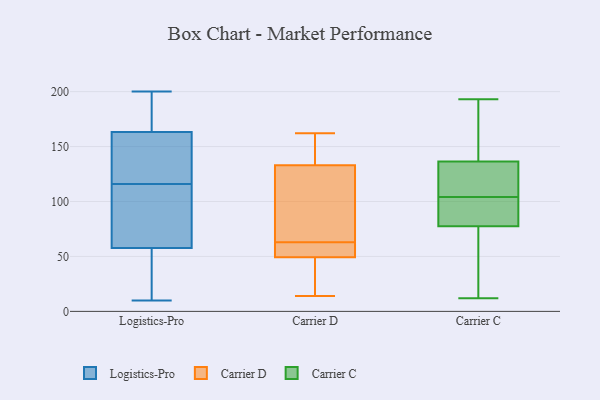
{"axis": {"x": "Bounce Rate (%)", "y": "Value"}, "legend": ["Carrier C", "Carrier D", "Logistics-Pro"], "data": [{"x": "", "y": 200, "type": "Logistics-Pro"}, {"x": "", "y": 175, "type": "Logistics-Pro"}, {"x": "", "y": 158, "type": "Logistics-Pro"}, {"x": "", "y": 142, "type": "Logistics-Pro"}, {"x": "", "y": 116, "type": "Logistics-Pro"}, {"x": "", "y": 57, "type": "Logistics-Pro"}, {"x": "", "y": 156, "type": "Logistics-Pro"}, {"x": "", "y": 50, "type": "Logistics-Pro"}, {"x": "", "y": 48, "type": "Logistics-Pro"}, {"x": "", "y": 196, "type": "Logistics-Pro"}, {"x": "", "y": 165, "type": "Logistics-Pro"}, {"x": "", "y": 109, "type": "Logistics-Pro"}, {"x": "", "y": 102, "type": "Logistics-Pro"}, {"x": "", "y": 10, "type": "Logistics-Pro"}, {"x": "", "y": 60, "type": "Logistics-Pro"}, {"x": "", "y": 63, "type": "Carrier D"}, {"x": "", "y": 127, "type": "Carrier D"}, {"x": "", "y": 27, "type": "Carrier D"}, {"x": "", "y": 50, "type": "Carrier D"}, {"x": "", "y": 124, "type": "Carrier D"}, {"x": "", "y": 136, "type": "Carrier D"}, {"x": "", "y": 61, "type": "Carrier D"}, {"x": "", "y": 63, "type": "Carrier D"}, {"x": "", "y": 14, "type": "Carrier D"}, {"x": "", "y": 142, "type": "Carrier D"}, {"x": "", "y": 47, "type": "Carrier D"}, {"x": "", "y": 162, "type": "Carrier D"}, {"x": "", "y": 132, "type": "Carrier D"}, {"x": "", "y": 75, "type": "Carrier C"}, {"x": "", "y": 193, "type": "Carrier C"}, {"x": "", "y": 80, "type": "Carrier C"}, {"x": "", "y": 140, "type": "Carrier C"}, {"x": "", "y": 133, "type": "Carrier C"}, {"x": "", "y": 88, "type": "Carrier C"}, {"x": "", "y": 12, "type": "Carrier C"}, {"x": "", "y": 54, "type": "Carrier C"}, {"x": "", "y": 132, "type": "Carrier C"}, {"x": "", "y": 120, "type": "Carrier C"}, {"x": "", "y": 86, "type": "Carrier C"}, {"x": "", "y": 160, "type": "Carrier C"}]}